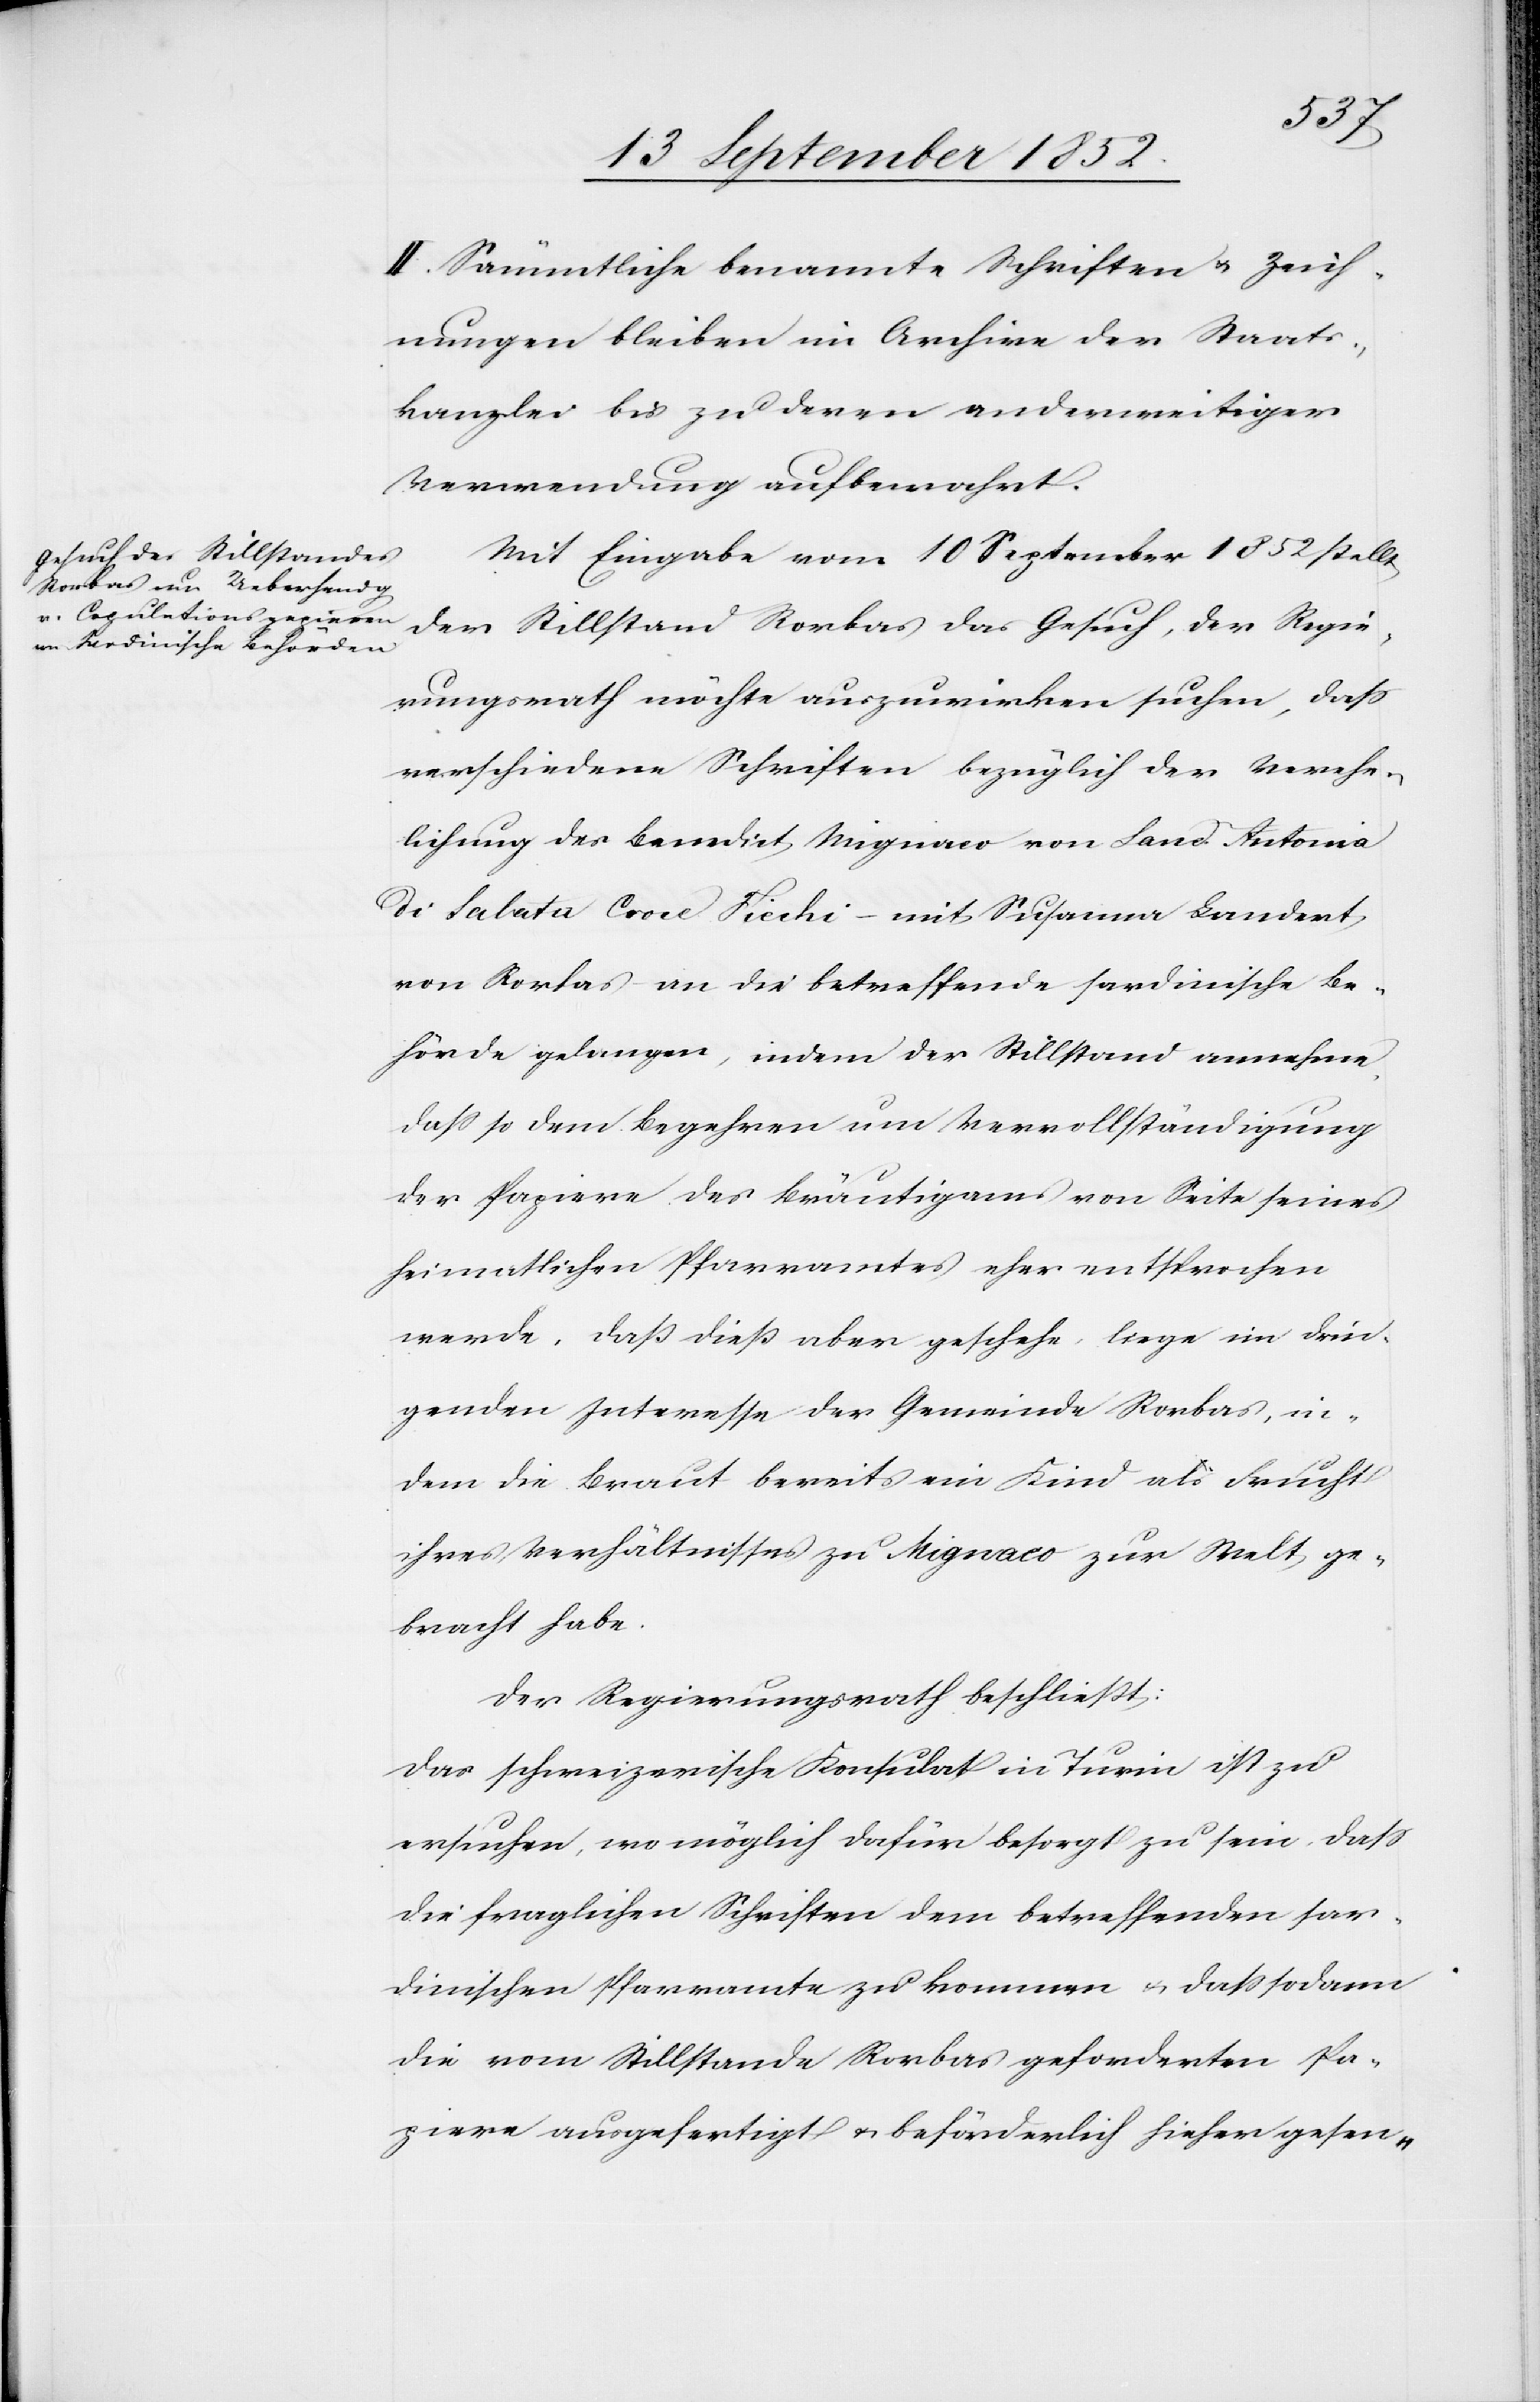
II. Sämmtliche benannte Schriften & Zeich¬
nungen bleiben im Archive der Staats¬
kanzlei bis zu deren anderweitiger
Verwendung aufbewahrt.
Mit Eingabe vom 10 September 1852 stellt
der Stillstand Rorbas das Gesuch, der Regie¬
rungsrath möchte auszuwirken suchen, dass
verschiedene Schriften bezüglich der Verehe¬
lichung des Benedict Mignaco von Sanct. Antonia
di Salata Croce Fiechi – mit Susanna Landert
von Rorbas – an die betreffende sardinische Be¬
hörde gelangen, indem der Stillstand annehme,
dass so dem Begehren um Vervollständigung
der Papiere des Bräutigams von Seite seines
heimatlichen Pfarramtes eher entsprochen
werde. Daß dieß aber geschehe, liege im drin¬
genden Interesse der Gemeinde Rorbas, in¬
dem die Braut bereits ein Kind als Frucht
ihres Verhältnisses zu Mignaco zur Welt ge¬
bracht habe.
Der Regierungsrath beschließt:
Das schweizerische Konsulat in Turin ist zu
ersuchen, wo möglich dafür besorgt zu sein, dass
die fraglichen Schriften dem betreffenden sar¬
dinischen Pfarramte zukommen & dass sodann
die vom Stillstande Rorbas geforderten Pa¬
piere ausgefertigt & beförderlich hieher gesen-